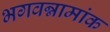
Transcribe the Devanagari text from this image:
भगवन्नामांक